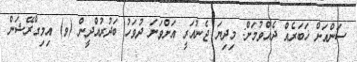
ސަންއަށް ޚަބަރެއް ދެއްވުމަށް: މިދިޔަ ޖެނުއަރީ އަށްވަނަ ދުވަހު ބަދުރުއްދީން (ވ) އިމިގްރޭޝަން